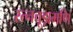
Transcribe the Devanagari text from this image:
रत्नचूड़ामणि